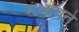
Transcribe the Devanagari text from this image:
संभावते